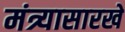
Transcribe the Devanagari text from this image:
मंत्र्यासारखे